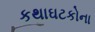
કથાઘટકોના